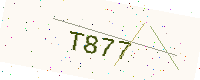
Text: T877